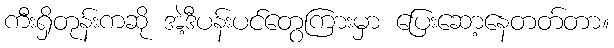
ကီးရှိတုန်းကဆို အဲ့ဒီပန်းပင်တွေကြားမှာ ပြေးဆော့နေတတ်တာ။